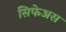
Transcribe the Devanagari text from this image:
सिफेअस